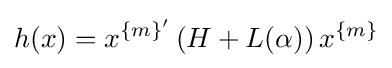
h(x)=x^{\{m\}'}\left(H+L(\alpha )\right)x^{\{m\}}